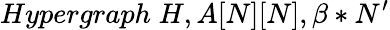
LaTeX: Hypergraph\; H,A[N][N],\beta*N^{\prime}